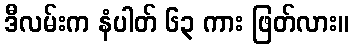
ဒီလမ်းက နံပါတ် ၆၃ ကား ဖြတ်လား။